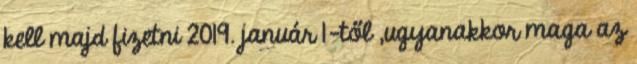
kell majd fizetni 2019. január 1-től ,ugyanakkor maga az